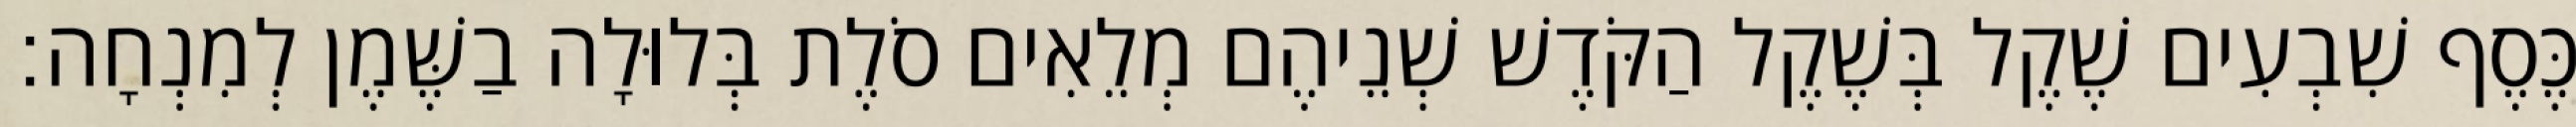
כֶּסֶף שִׁבְעִים שֶׁקֶל בְּשֶׁקֶל הַקֹּדֶשׁ שְׁנֵיהֶם מְלֵאִים סֹלֶת בְּלוּלָה בַשֶּׁמֶן לְמִנְחָה׃